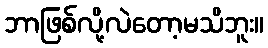
ဘာဖြစ်လို့လဲတော့မသိဘူး။